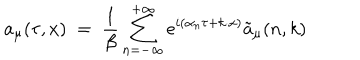
LaTeX: a _ { \mu } ( \tau , x ) \; = \; \frac { 1 } { \beta } \sum _ { n = - \infty } ^ { + \infty } e ^ { i ( \alpha _ { n } \tau + k \cdot x ) } { \tilde { a } } _ { \mu } ( n , k )